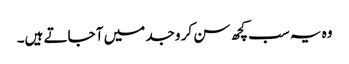
وہ یہ سب کچھ سن کر وجد میں آ جاتے ہیں۔